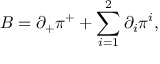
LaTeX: B = { \partial } _ { + } { \pi } ^ { + } + \sum _ { i = 1 } ^ { 2 } { \partial } _ { i } { \pi } ^ { i } ,